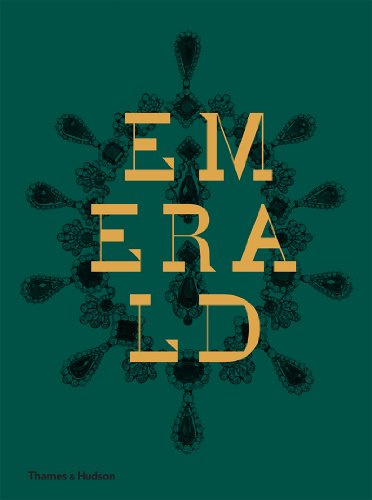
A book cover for Emerald: Twenty-one Centuries of Jewelled Opulence and Power; Joanna Hardy; Crafts, Hobbies & Home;